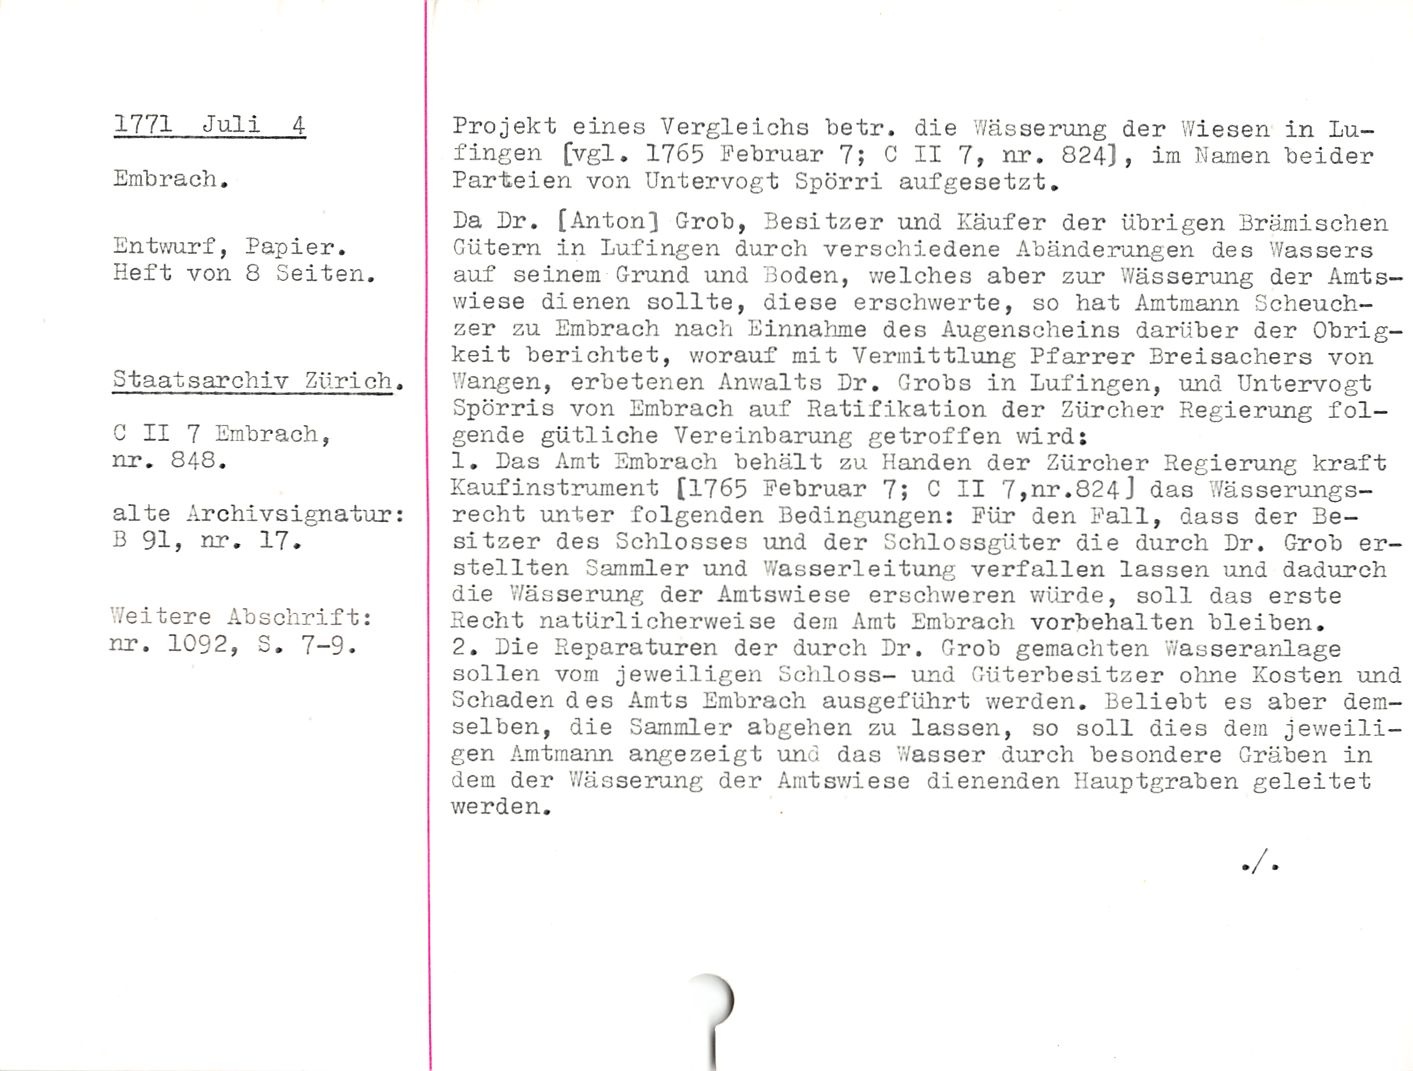
1771 Juli 4

Embrach.

Entwurf, Papier.
Heft von 8 Seiten.

Staatsarchiv Zürich.

G II 7 Embrach,
nr. 848.

alte Archivsignatur:
B 91, nr. 17.

Weitere Abschrift:
nr. 1092, S. 7-9.

Projekt eines Vergleichs betr. die Wässerung der Wiesen in Lu-
fingen [vgl. 1765 Februar 7; C II 7» nr. 824], im Hamen beider
Parteien von Untervogt Spörri aufgesetzt.

Da Dr. [Anton] Grob, Besitzer und Käufer der übrigen Brämischen
Gütern in Lufingen durch verschiedene Abänderungen des Wassers
auf seinem Grund und Boden, welches aber zur Wässerung der Amts¬
wiese dienen sollte, diese erschwerte, so hat Amtmann Scheuch-
zer zu Embrach nach Einnahme des Augenscheins darüber der Obrig¬
keit berichtet, worauf mit Vermittlung Pfarrer Breisachers von
Wangen, erbetenen Anwalts Dr. Grobs in Lufingen, und Untervogt
Spörris von Embrach auf Ratifikation der Zürcher Regierung fol¬
gende gütliche Vereinbarung getroffen wird:

1. Das Amt Embrach behält zu Händen der Zürcher Regierung kraft
KaufInstrument [1765 Februar 7; C II 7,nr.824J das Wässerungs¬
recht unter folgenden Bedingungen: Für den Fall, dass der Be¬
sitzer des Schlosses und der Schlossgüter die durch Dr. Grob er¬
stellten Sammler und Wasserleitung verfallen lassen und dadurch
die Wässerung der Amtswiese erschweren würde, soll das erste
Recht natürlicherweise dem Amt Embrach Vorbehalten bleiben.

2. Die Reparaturen der durch Dr. Grob gemachten Wasseranlage
sollen vom jeweiligen Schloss- und Güterbesitzer ohne Kosten und
Schadendes Amts Embrach ausgeführt werden. Beliebt es aber dem¬
selben, die Sammler abgehen zu lassen, so soll dies dem jeweili¬
gen Amtmann angezeigt und das Wasser durch besondere Gräben in
dem der Wässerung der Amtswiese dienenden Hauptgraben geleitet
werden.

)